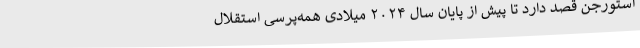
استورجن قصد دارد تا پیش از پایان سال ۲۰۲۴ میلادی همه‌پرسی استقلال